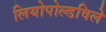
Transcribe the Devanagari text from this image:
लियोपोल्डविले